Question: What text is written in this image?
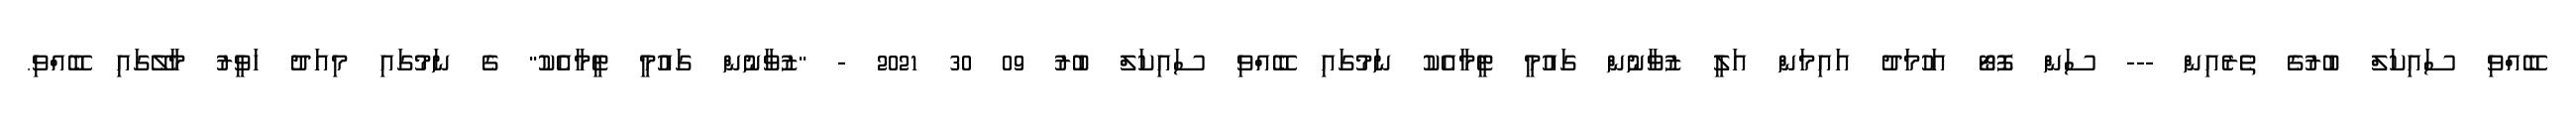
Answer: ބޭއްވި ސައިކަލް ބުރުގެ ތެރެއިން --- ސަން ފޮޓޯ އަހުމަދު އައިމަން އަލީ ޒުވާނުން ގައުމީ ޓީމާއެކު ނަމުގައި ބޭއްވި ސައިކަލް ބުރު 09 30 2021 - "ޒުވާނުން ގައުމީ ޓީމާއެކު" ގެ ނަމުގައި މިއަދު ހަވީރު މާލޭގައި ބޭއްވި.